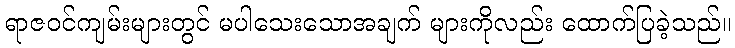
ရာဇဝင်ကျမ်းများတွင် မပါသေးသောအချက် များကိုလည်း ထောက်ပြခဲ့သည်။